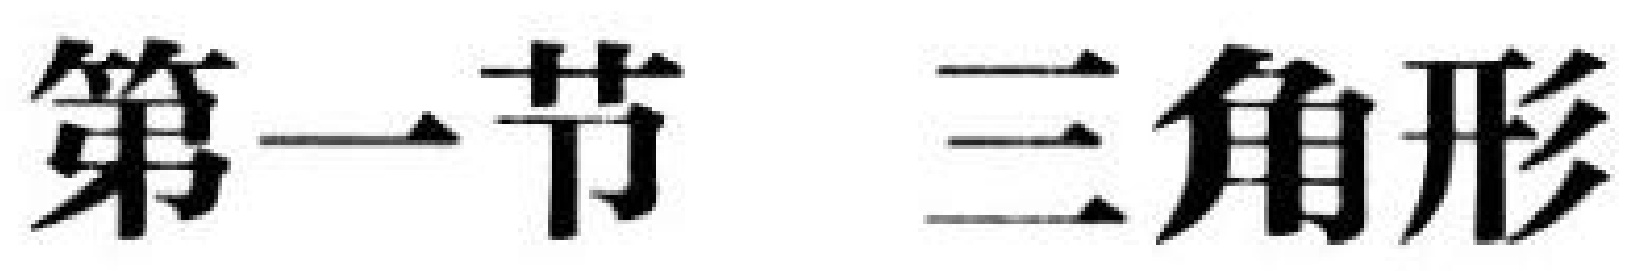
第一节 三角形